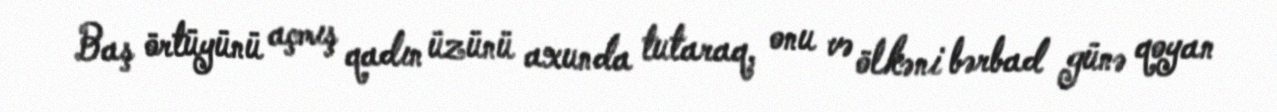
Baş örtüyünü açmış qadın üzünü axunda tutaraq, onu və ölkəni bərbad günə qoyan